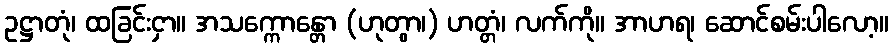
ဥဋ္ဌာတုံ၊ ထခြင်းငှာ။ အသက္ကောန္တော (ဟုတွာ၊) ဟတ္တံ၊ လက်ကို။ အာဟရ၊ ဆောင်စမ်းပါလော့။